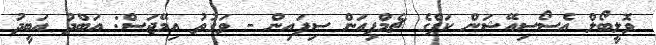
ވޮލީބޯލް އެސޯސިއޭޝަން ކަޕްގެ ޗެމްޕިއަން ސިފައިން - ވަގުތު އިމޭޖަސް: އަބްދު އަބީދު